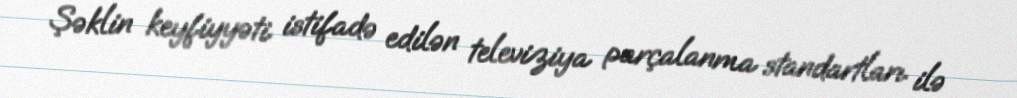
Şəklin keyfiyyəti istifadə edilən televiziya parçalanma standartları ilə